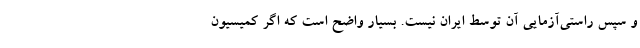
و سپس راستی‌آزمایی آن توسط ایران نیست. بسیار واضح است که اگر کمیسیون